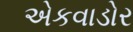
એકવાડોર